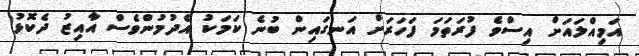
އަމިއްލައަށް އިސްވެ ފުރަތަމަ ފަހަރަށް އަނގައިން ބުނެ ކަމަކު އެދުމުންވެސް އާއިޒު ދެކޮޅު